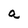
Character: a